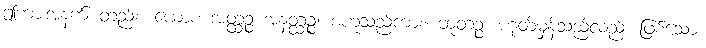
ဤကားအနက် တည်း။ ယောစ အတ္ထဉ္စ အနတ္ထဉ္စ၊ စဟူသည်ကား။ ဘူတဉ္စ၊ ဟုတ်မှန်သည်လည်း ဖြစ်သော။